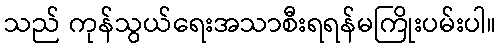
သည် ကုန်သွယ်ရေးအသာစီးရရန်မကြိုးပမ်းပါ။